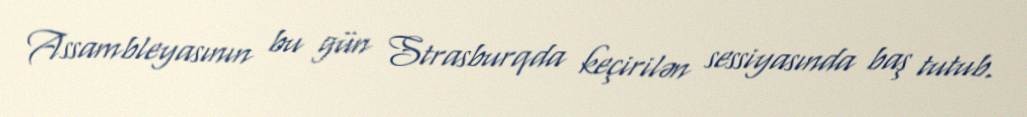
Assambleyasının bu gün Strasburqda keçirilən sessiyasında baş tutub.